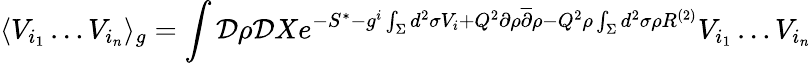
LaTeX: \langle V_{i_{1}}\dots V_{i_{n}}\rangle_{g}=\int{\cal D}\rho{\cal D}Xe^{-S^{*}-g^{i}\int_{\Sigma}d^{2}\sigma V_{i}+Q^{2}\partial\rho{\overline{{\partial}}}\rho-Q^{2}\rho\int_{\Sigma}d^{2}\sigma\rho R^{(2)}}V_{i_{1}}\dots V_{i_{n}}